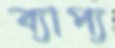
ব্যাপ্য